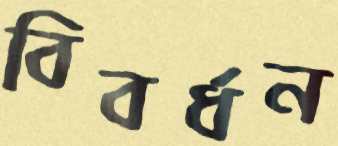
বিবর্ধন